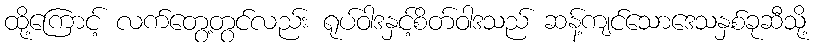
ထို့ကြောင့် လက်တွေ့တွင်လည်း ရုပ်ဝါဒနှင့်စိတ်ဝါဒသည် ဆန့်ကျင်သောဒေသနှစ်ခုဆီသို့